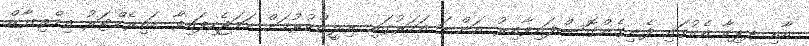
އާއި ދޕިިކާ އެކުގައި ފެނިގެންގޮސްފައިވާއިރު އަންނަ އަހަރުގައި ރިލީޒްކުރުމަށް ހަމަޖެހިފައިވާ ޑައިރެކްޓަރު އިމްތިޔާޒް